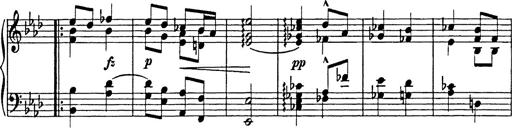
Title: 8 Variations
Composer: Franz Liszt
Key: A-flat major